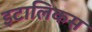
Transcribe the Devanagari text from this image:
इटालिकस